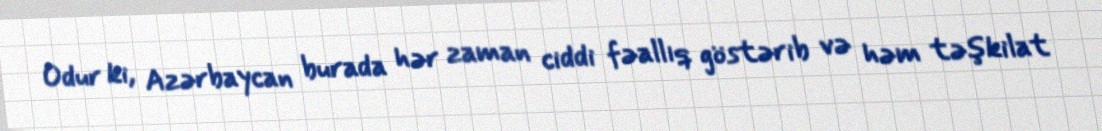
Odur ki, Azərbaycan burada hər zaman ciddi fəallıq göstərib və həm təşkilat